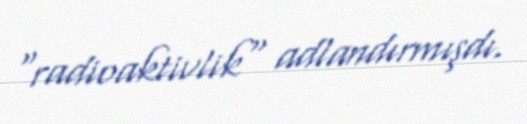
"radioaktivlik" adlandırmışdı.